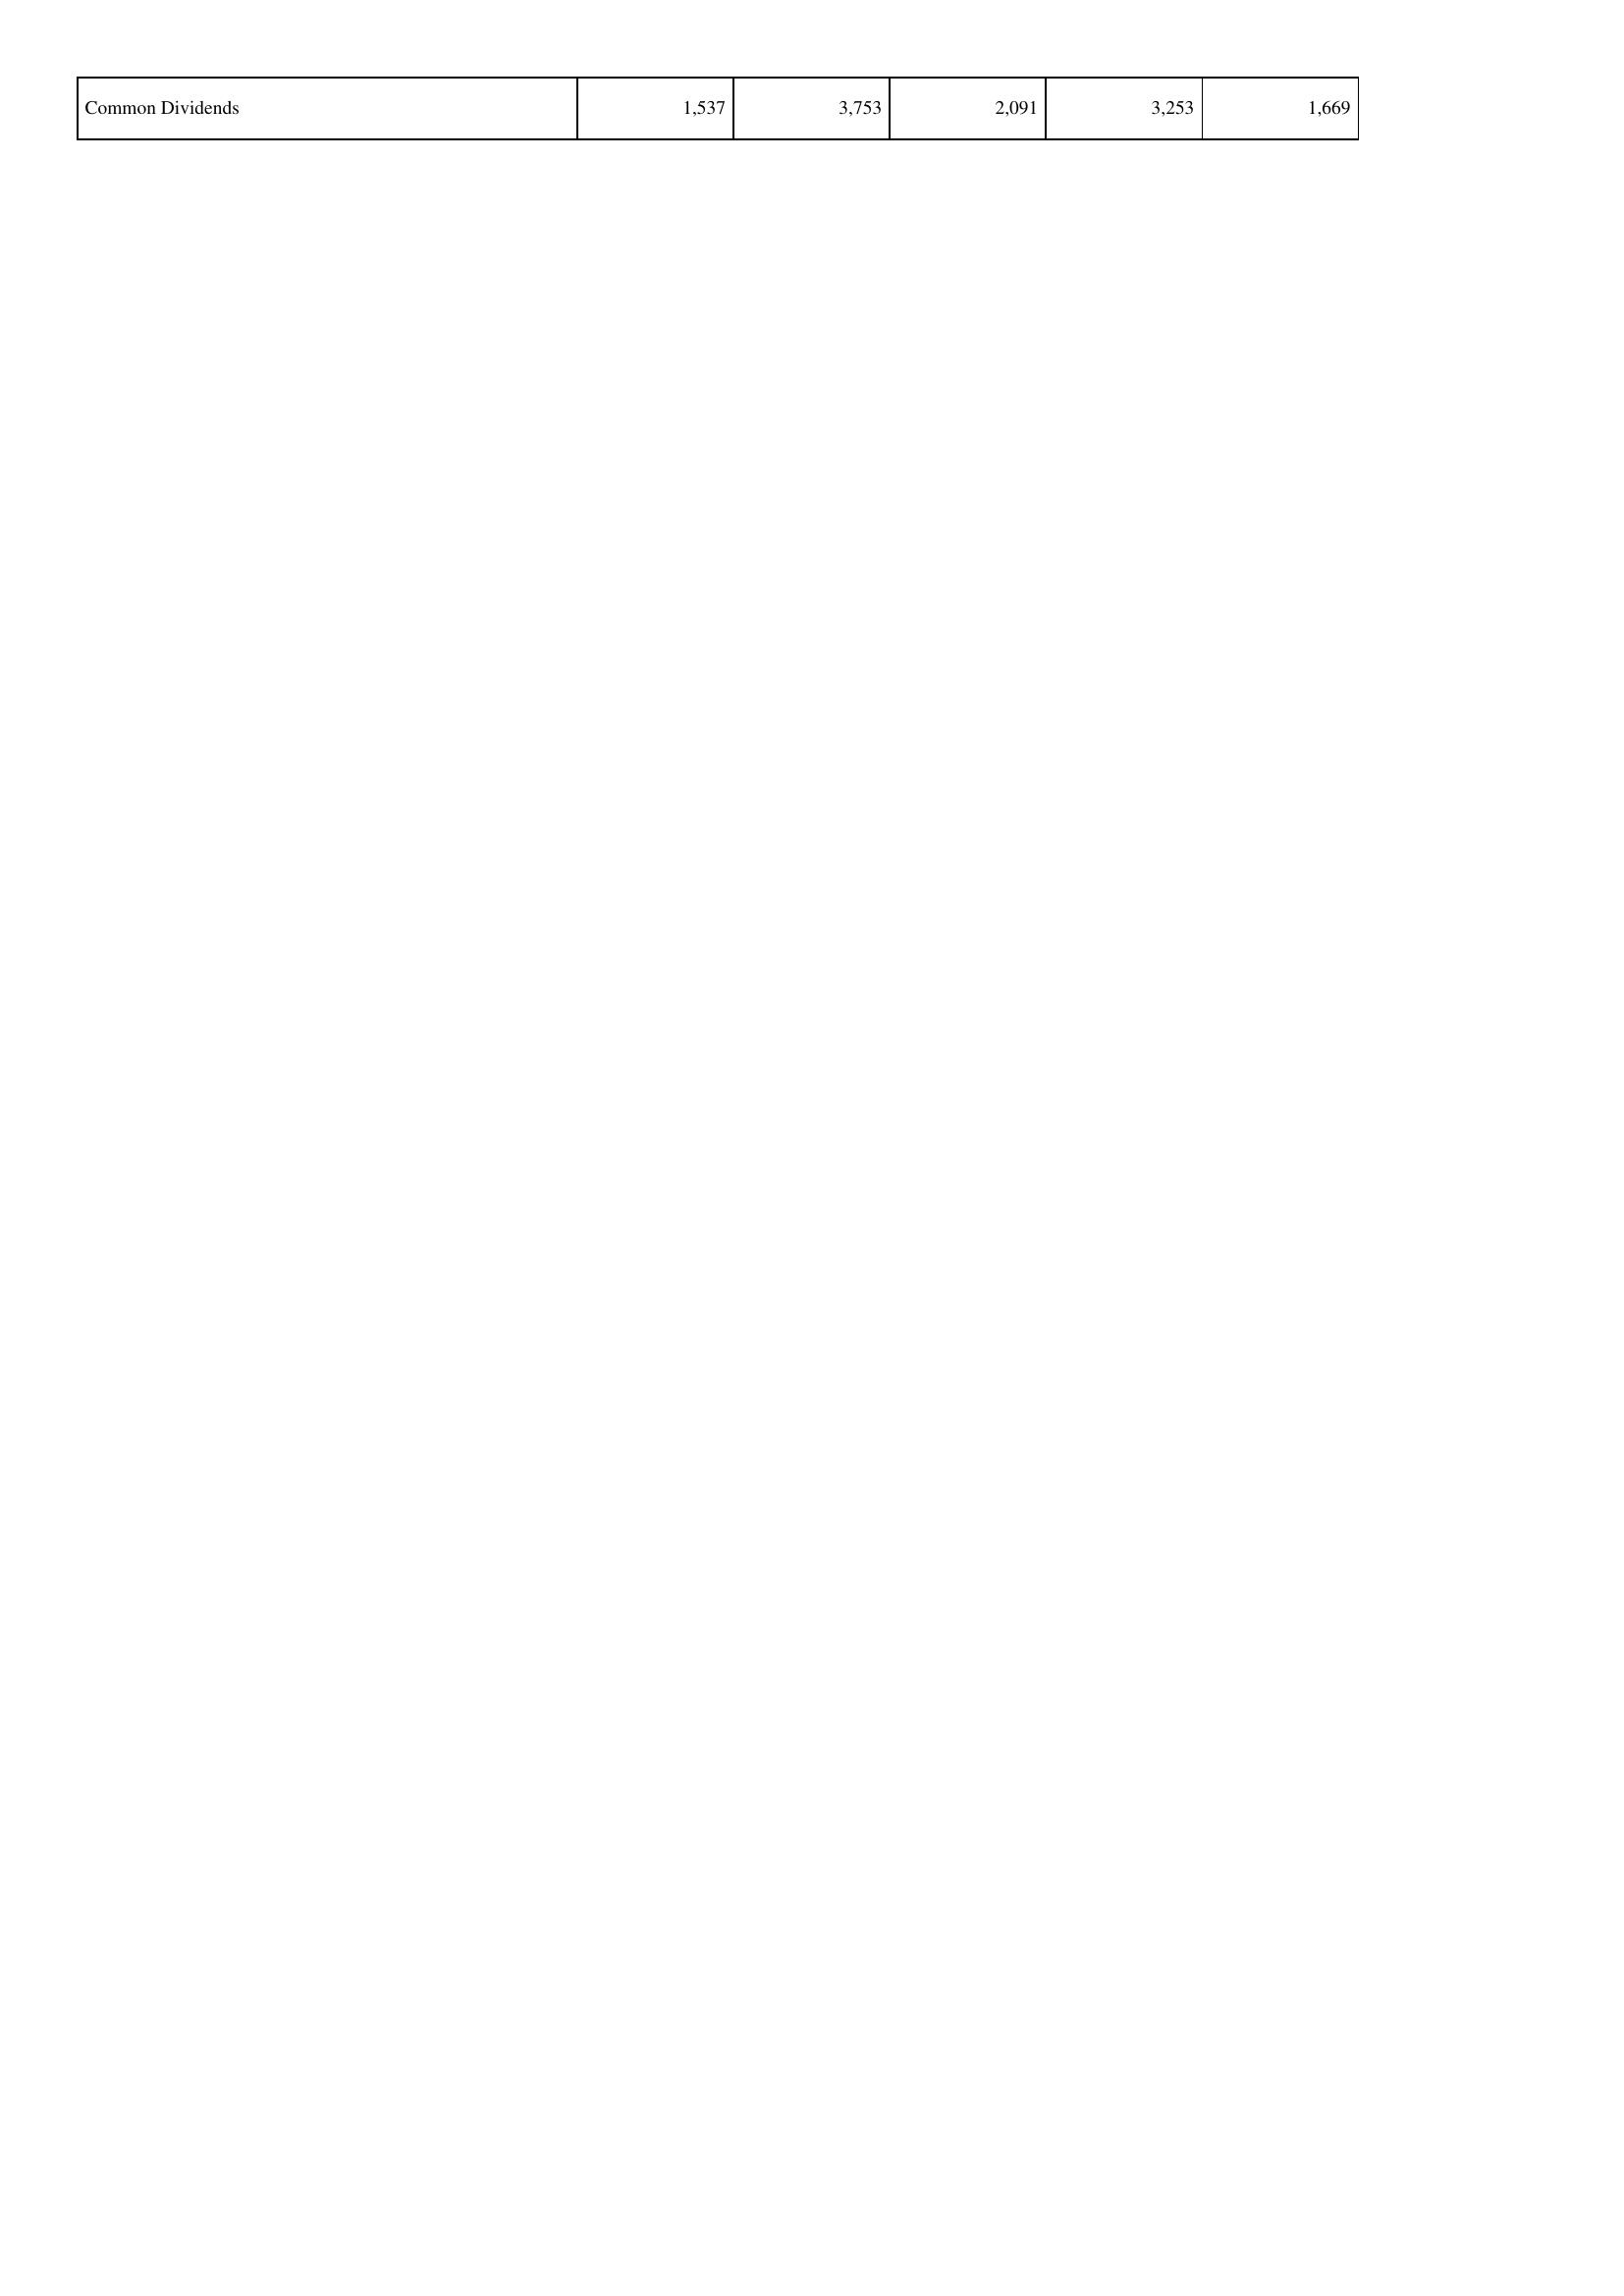
2007: Financing Activities: Common Dividends: 1,537
2008: Financing Activities: Common Dividends: 3,753
2009: Financing Activities: Common Dividends: 2,091
2010: Financing Activities: Common Dividends: 3,253
2011: Financing Activities: Common Dividends: 1,669